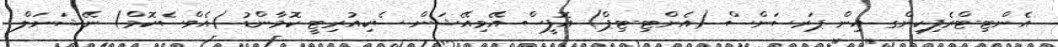
އެންޓި-ޓްރެފިކިންގ އިން ޕަރސަންސް (އެންޓި-ޓިޕް) އޮފީސް އޭވިއޭޝަން ސެކިއުރިޓީ ކޮމާންޑު (އެވްސެކޮމް) ނޭޝަނަލް